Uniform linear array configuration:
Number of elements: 48
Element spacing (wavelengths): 1
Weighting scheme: hann
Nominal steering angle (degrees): -60
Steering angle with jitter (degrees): -61.651
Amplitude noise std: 0.05
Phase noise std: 0.05

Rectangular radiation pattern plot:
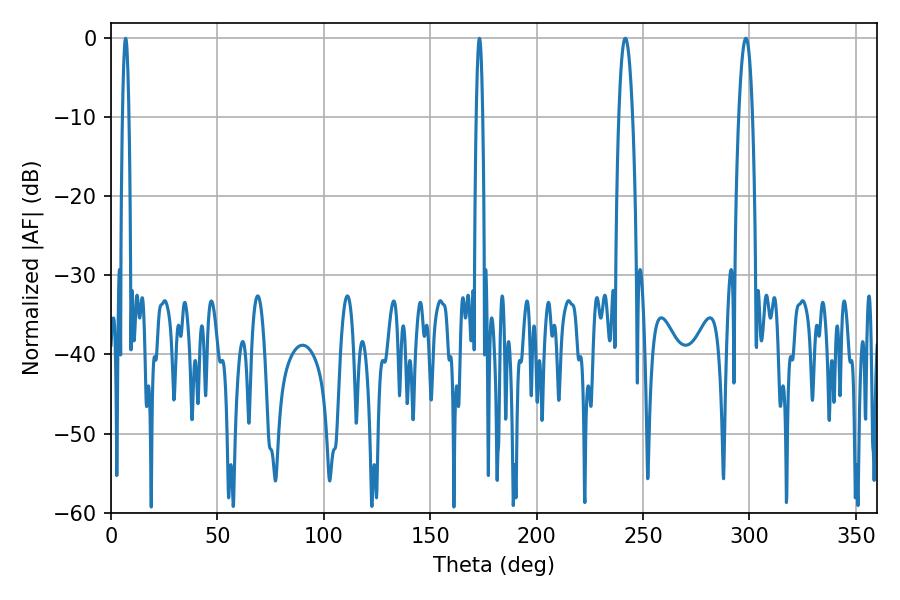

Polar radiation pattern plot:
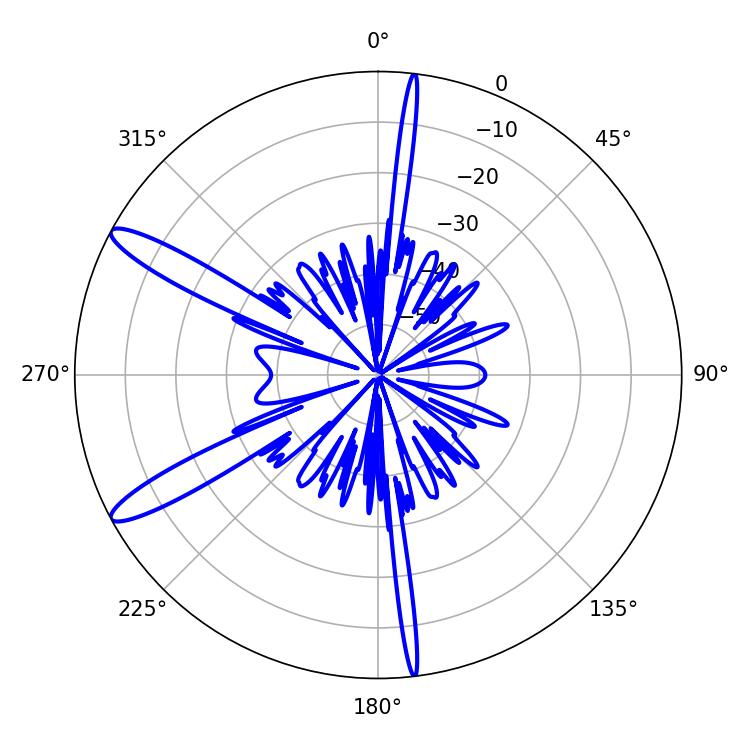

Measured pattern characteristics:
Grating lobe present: TRUE
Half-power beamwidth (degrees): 3.6
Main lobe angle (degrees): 298.26